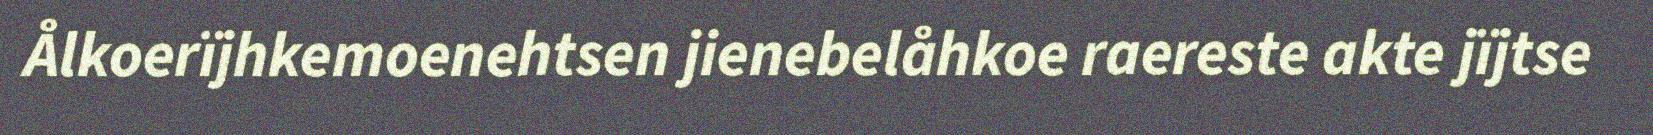
Ålkoerïjhkemoenehtsen jienebelåhkoe raereste akte jïjtse